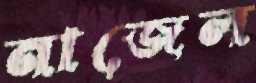
নাজেল